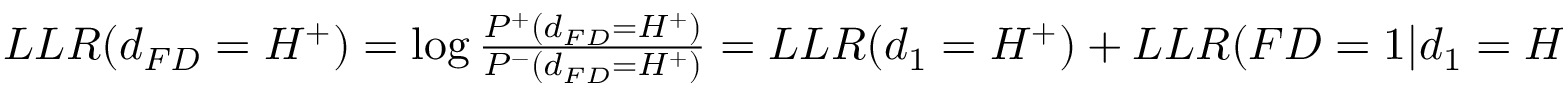
\begin{array} { r } { L L R ( d _ { F D } = H ^ { + } ) = \log \frac { P ^ { + } ( d _ { F D } = H ^ { + } ) } { P ^ { - } ( d _ { F D } = H ^ { + } ) } = L L R ( d _ { 1 } = H ^ { + } ) + L L R ( F D = 1 | d _ { 1 } = H ^ { + } ) . } \end{array}